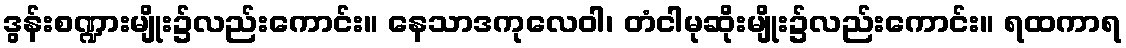
ဒွန်းစဏ္ဍားမျိုး၌လည်းကောင်း။ နေသာဒကုလေဝါ၊ တံငါမုဆိုးမျိုး၌လည်းကောင်း။ ရထကာရ